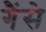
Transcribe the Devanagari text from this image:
गैंसे